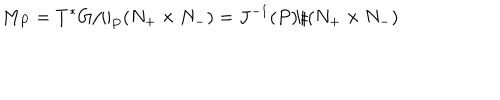
M _ { P } = T ^ { * } G / / _ { P } ( N _ { + } \times N _ { - } ) = J ^ { - 1 } ( P ) / ( N _ { + } \times N _ { - } )